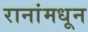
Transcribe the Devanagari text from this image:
रानांमधून